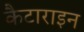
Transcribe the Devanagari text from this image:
कैटाराइन